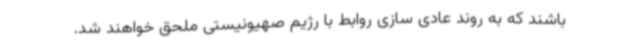
باشند که به روند عادی سازی روابط با رژیم صهیونیستی ملحق خواهند شد.